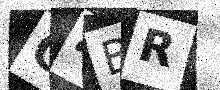
Text: O4BR